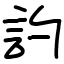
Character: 訋